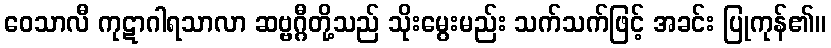
ဝေသာလီ ကုဋာဂါရသာလာ ဆဗ္ဗဂ္ဂီတို့သည် သိုးမွေးမည်း သက်သက်ဖြင့် အခင်း ပြုကုန်၏။